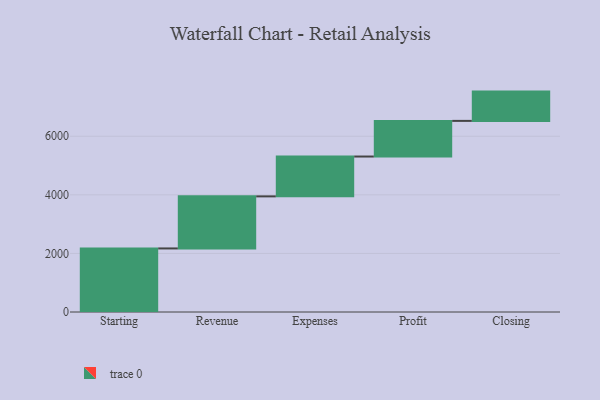
{"axis": {"x": "Step", "y": "Value"}, "legend": [""], "data": [{"x": "Starting", "y": 2170.0, "type": ""}, {"x": "Revenue", "y": 1778.0, "type": ""}, {"x": "Expenses", "y": 1360.0, "type": ""}, {"x": "Profit", "y": 1217.0, "type": ""}, {"x": "Closing", "y": 1000, "type": ""}]}